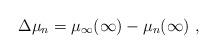
LaTeX: \begin{align*}\Delta \mu_n = \mu_\infty(\infty) - \mu_n(\infty)\ , \end{align*}